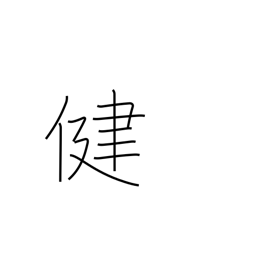
Meaning: healthy